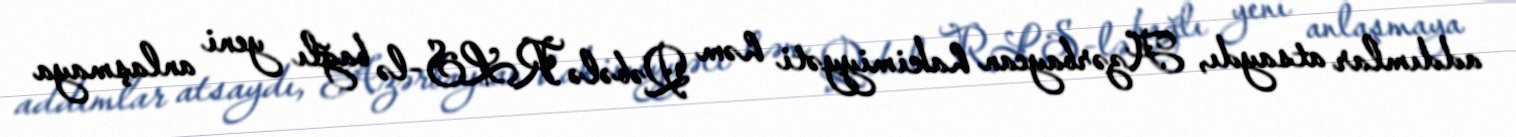
addımlar atsaydı, Azərbaycan hakimiyyəti həm Qəbələ RLS-lə bağlı yeni anlaşmaya